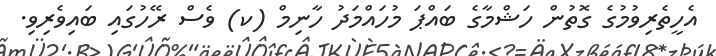
އެހީތެރިވުމުގެ ގޮތުން ހަޝްމާގެ ބައްޕަ މުހައްމަދު ހާނިމް (ކ) ވެސް ރޭހުގައި ބައިވެރިވި.